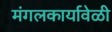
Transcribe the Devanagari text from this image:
मंगलकार्यावेळी